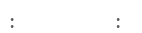
:         :